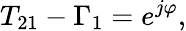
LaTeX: T_{21}-\Gamma_{1}=e^{j\varphi},